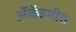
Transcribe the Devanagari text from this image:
ॲकॅडमीत